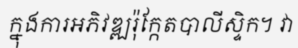
ក្នុងការអភិវឌ្ឍរ៉ុក្កែតបាលីស្ទិក។ វា